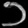
Digit: ၁